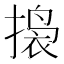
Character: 𫽲